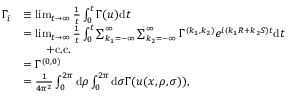
\begin{array} { r l } { \Gamma _ { i } } & { \equiv \operatorname* { l i m } _ { t \to \infty } \frac { 1 } { t } \int _ { 0 } ^ { t } \Gamma ( u ) \mathrm { d } t } \\ & { = \operatorname* { l i m } _ { t \to \infty } \frac { 1 } { t } \int _ { 0 } ^ { t } \sum _ { k _ { 1 } = - \infty } ^ { \infty } \sum _ { k _ { 2 } = - \infty } ^ { \infty } \Gamma ^ { ( k _ { 1 } , k _ { 2 } ) } e ^ { i ( k _ { 1 } R + k _ { 2 } S ) t } \mathrm { d } t } \\ & { \qquad + \mathrm { c . c . } } \\ & { = \Gamma ^ { ( 0 , 0 ) } } \\ & { = \frac { 1 } { 4 \pi ^ { 2 } } \int _ { 0 } ^ { 2 \pi } \mathrm { d } \rho \int _ { 0 } ^ { 2 \pi } \mathrm { d } \sigma \Gamma ( u ( x , \rho , \sigma ) ) , } \end{array}